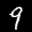
Label: 9